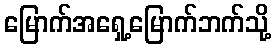
မြောက်အရှေ့မြောက်ဘက်သို့